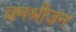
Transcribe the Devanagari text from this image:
वनश्रीजन